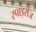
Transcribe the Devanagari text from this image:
स्पाइसेज